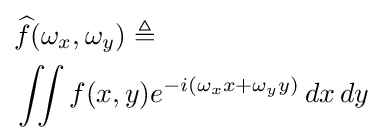
{\begin{aligned}&{\widehat {f}}(\omega _{x},\omega _{y})\triangleq \\&\iint f(x,y)e^{-i(\omega _{x}x+\omega _{y}y)}\,dx\,dy\end{aligned}}